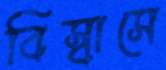
বিস্বাসে